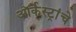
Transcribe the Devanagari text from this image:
ऑर्केस्ट्रांचे